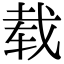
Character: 载